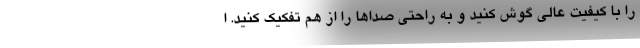
را با کیفیت عالی گوش کنید و به راحتی صداها را از هم تفکیک کنید. ا